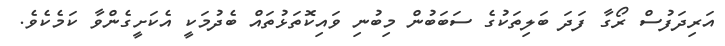
އަރިދަފުސް ރޯގާ ފަދަ ބަލިތަކުގެ ސަބަބުން މިބުނި ވައިކޮތަޅުތައް ބެދުމަކީ އެކަށީގެންވާ ކަމެކެވެ.